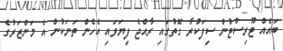
ބައެއް ޓޫރިސްޓުން ސިފަކުރާ ގޮތުގައި ރާއްޖެ ފިޔަވައި އެހެން ތަނަކުން އެ މަންޒަރުގެ